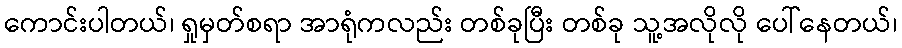
ကောင်းပါတယ်၊ ရှုမှတ်စရာ အာရုံကလည်း တစ်ခုပြီး တစ်ခု သူ့အလိုလို ပေါ်နေတယ်၊